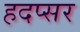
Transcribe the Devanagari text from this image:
हदप्सर